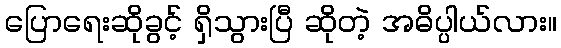
ပြောရေးဆိုခွင့် ရှိသွားပြီ ဆိုတဲ့ အဓိပ္ပါယ်လား။